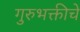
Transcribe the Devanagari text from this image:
गुरुभक्तीचे